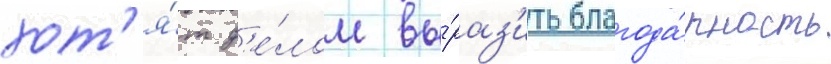
хот'я́т д'е́лом вы́раз'ить благода́рность